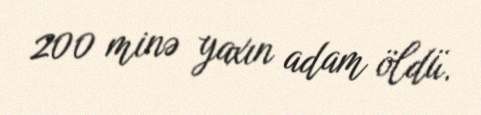
200 minə yaxın adam öldü.